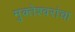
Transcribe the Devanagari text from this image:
मुक्तेश्वरांचा